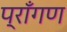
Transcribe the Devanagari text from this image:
प्राँगण